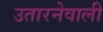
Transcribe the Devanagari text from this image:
उतारनेवाली